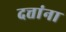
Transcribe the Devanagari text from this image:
दत्तांना